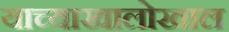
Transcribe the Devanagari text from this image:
याच्याखालोखाल